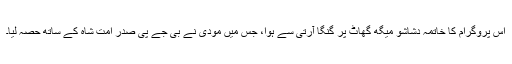
اس پروگرام کا خاتمہ دشاشو میگھ گھاٹ پر گنگا آرتی سے ہوا، جس میں مودی نے بی جے پی صدر امت شاہ کے ساتھ حصہ لیا۔